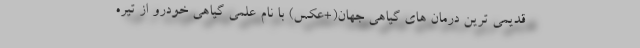
قدیمی ترین درمان های گیاهی جهان(+عکس) با نام علمی گیاهی خودرو از تیره